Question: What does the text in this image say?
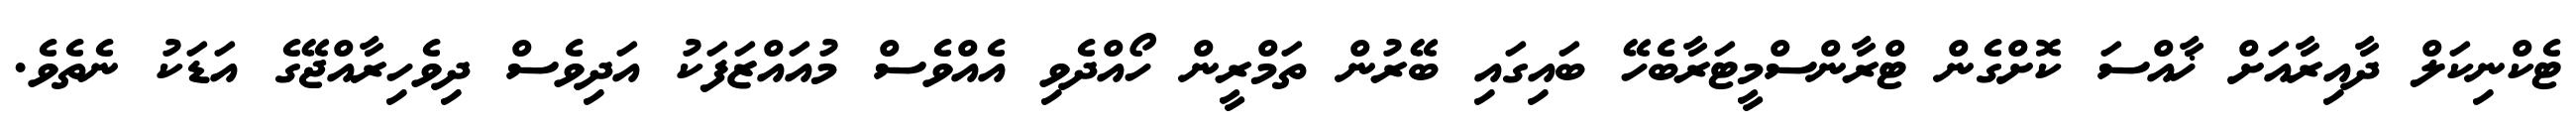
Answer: ޓެކްނިކަލް ދާއިރާއަށް ޚާއްސަ ކޮށްގެން ޓްރާންސްމީޓަރާބެހޭ ބައިގައި ބޭރުން ތަމްރީން ހޯއްދެވި އެއްވެސް މުއައްޒަފަކު އަދިވެސް ދިވެހިރާއްޖޭގެ އަޑަކު ނެތެވެ.